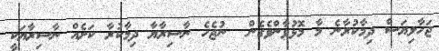
ޖަހާލިޔަސް ދިމާކުރާނެ މާ މޮޅުވާންވެގެން  ނުޖެހެ ނާސިރާޔާ ދިމާކުރާ ކަށެއް ނާސިރާޔަކީ